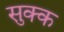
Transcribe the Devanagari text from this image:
सुक्क